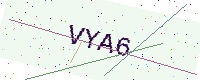
Text: VYA6